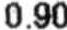
0.90